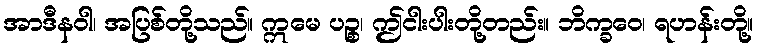
အာဒီနဝါ၊ အပြစ်တို့သည်။ ဣမေ ပဉ္စ၊ ဤငါးပါးတို့တည်း။ ဘိက္ခဝေ၊ ရဟန်းတို့။